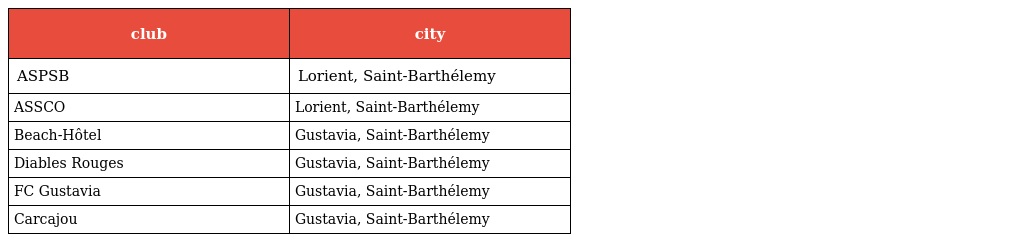
| club | city |
 | --- | --- |
 | ASPSB | Lorient, Saint-Barthélemy |
 | ASSCO | Lorient, Saint-Barthélemy |
 | Beach-Hôtel | Gustavia, Saint-Barthélemy |
 | Diables Rouges | Gustavia, Saint-Barthélemy |
 | FC Gustavia | Gustavia, Saint-Barthélemy |
 | Carcajou | Gustavia, Saint-Barthélemy |